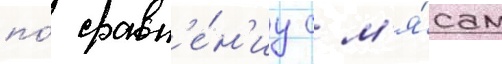
по́ сравн'е́н'иу с м'я́сом